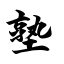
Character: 塾